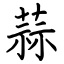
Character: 蒜